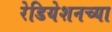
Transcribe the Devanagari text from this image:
रेडियेशनच्या